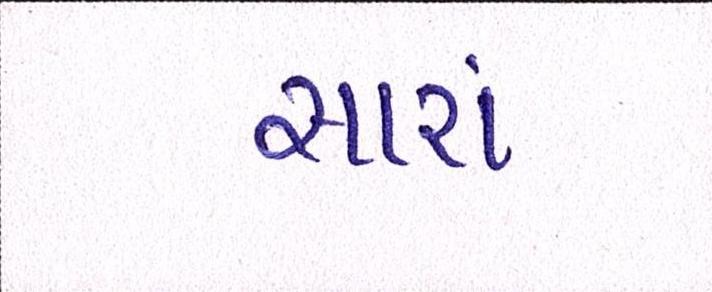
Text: સારાં